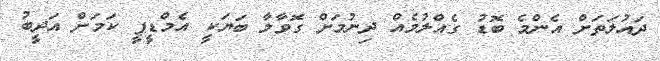
ދައުލަތަށް އެންމެ ބޮޑު ގެއްލުމެއް ދިނުމަށް ގޮވާލާ ބަޔަކީ އެމްޑީޕީ ކަމަށް އަދީބު